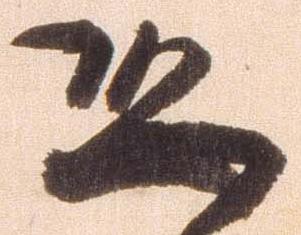
恐